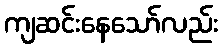
ကျဆင်းနေသော်လည်း